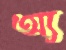
অ্য